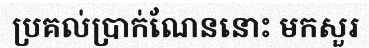
ប្រគល់ប្រាក់ណែននោះ មកសួរ